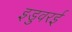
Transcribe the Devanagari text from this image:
इडुवरई